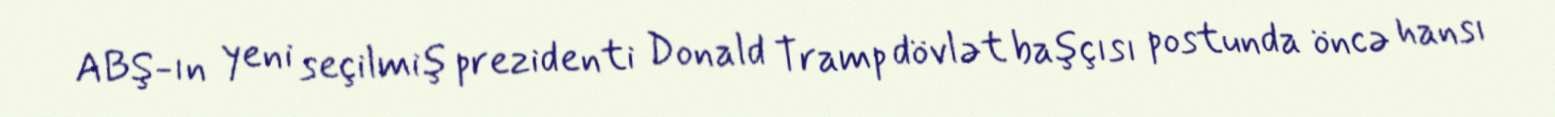
ABŞ-ın yeni seçilmiş prezidenti Donald Tramp dövlət başçısı postunda öncə hansı